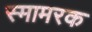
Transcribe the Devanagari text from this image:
स्मामरक